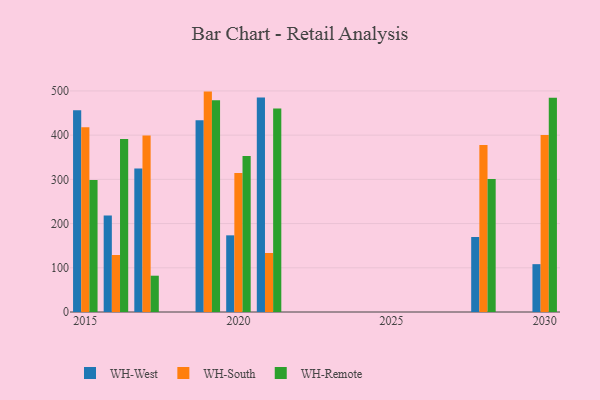
{"axis": {"x": "Year", "y": "Tickets Resolved"}, "legend": ["WH-Remote", "WH-South", "WH-West"], "data": [{"x": "2030", "y": 108.2, "type": "WH-West"}, {"x": "2030", "y": 400.3, "type": "WH-South"}, {"x": "2030", "y": 484.5, "type": "WH-Remote"}, {"x": "2021", "y": 485.0, "type": "WH-West"}, {"x": "2021", "y": 133.4, "type": "WH-South"}, {"x": "2021", "y": 460.0, "type": "WH-Remote"}, {"x": "2019", "y": 433.5, "type": "WH-West"}, {"x": "2019", "y": 498.5, "type": "WH-South"}, {"x": "2019", "y": 478.8, "type": "WH-Remote"}, {"x": "2017", "y": 324.6, "type": "WH-West"}, {"x": "2017", "y": 399.3, "type": "WH-South"}, {"x": "2017", "y": 82.1, "type": "WH-Remote"}, {"x": "2028", "y": 169.6, "type": "WH-West"}, {"x": "2028", "y": 377.8, "type": "WH-South"}, {"x": "2028", "y": 300.7, "type": "WH-Remote"}, {"x": "2020", "y": 173.4, "type": "WH-West"}, {"x": "2020", "y": 314.3, "type": "WH-South"}, {"x": "2020", "y": 352.8, "type": "WH-Remote"}, {"x": "2015", "y": 456.2, "type": "WH-West"}, {"x": "2015", "y": 417.6, "type": "WH-South"}, {"x": "2015", "y": 298.8, "type": "WH-Remote"}, {"x": "2016", "y": 218.2, "type": "WH-West"}, {"x": "2016", "y": 128.9, "type": "WH-South"}, {"x": "2016", "y": 391.2, "type": "WH-Remote"}]}